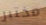
مختبر